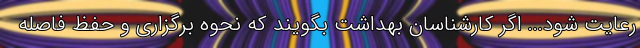
رعایت شود... اگر کارشناسان بهداشت بگویند که نحوه برگزاری و حفظ فاصله